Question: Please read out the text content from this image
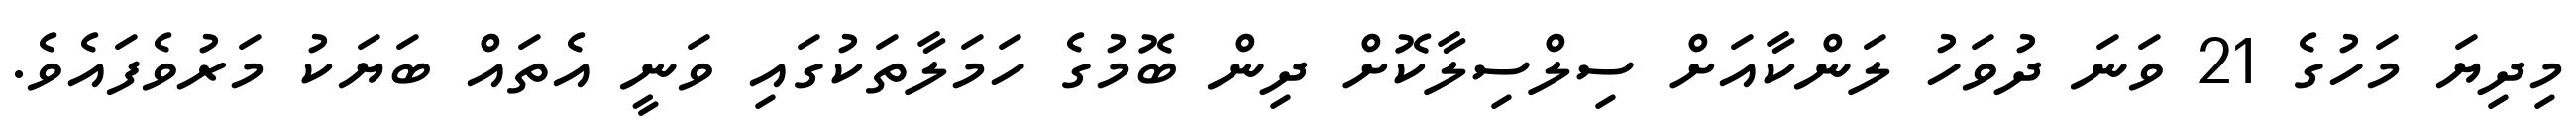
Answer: މިދިޔަ މަހުގެ 21 ވަނަ ދުވަހު ލަންކާއަށް ސިލްސިލާކޮށް ދިން ބޮމުގެ ހަމަލާތަކުގައި ވަނީ އެތައް ބަޔަކު މަރުވެފައެވެ.